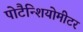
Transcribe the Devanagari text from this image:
पोटैन्शियोमीटर